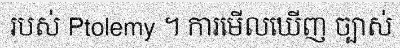
របស់ Ptolemy ។ ការមើលឃើញ ច្បាស់